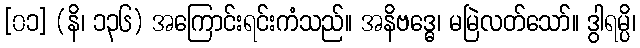
[၀၁] (နိ၊ ၁၃၆) အကြောင်းရင်းကံသည်။ အနိဗဒ္ဓေ၊ မမြဲလတ်သော်။ ဒွါရမ္ပိ၊